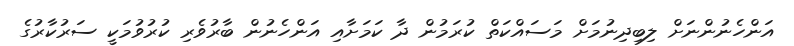
އަންހެނުންނަށް ލިބިދިނުމަށް މަސައްކަތް ކުރަމުން ދާ ކަމަށާއި އަންހެނުން ބާރުވެރި ކުރުވުމަކީ ސަރުކާރުގެ